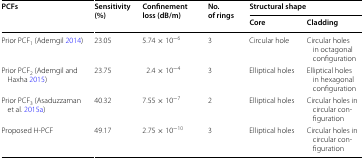
| <ROWSPAN=2> PCFs | <ROWSPAN=2> Sensitivity (%) | <ROWSPAN=2> Confinement loss (dB/m) | <ROWSPAN=2> No. of rings | <COLSPAN=2> Structural shape |
 | Core | Cladding |
 | --- | --- | --- | --- | --- | --- |
 | Prior PCF1 (Ademgil 2014) | 23.05 | 5.74 × 10−6 | 3 | Circular hole | Circular holes in octagonal configuration |
 | Prior PCF2 (Ademgil and Haxha 2015) | 23.75 | 2.4 × 10−4 | 3 | Elliptical holes | Elliptical holes in hexagonal configuration |
 | Prior PCF3 (Asaduzzaman et al. 2015a) | 40.32 | 7.55 × 10−7 | 2 | Elliptical holes | Circular holes in circular configuration |
 | Proposed H-PCF | 49.17 | 2.75 × 10−10 | 3 | Elliptical holes | Circular holes in circular configuration |